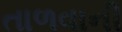
તાળવાની